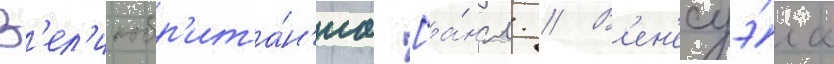
В'ел'икобр'ита́н'иа [а́нгл. // В'ен'есуэ́ла